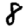
Digit: 8